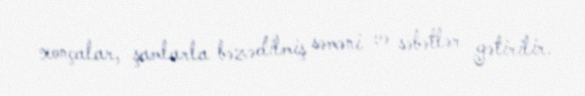
xonçalar, şamlarla bəzədilmiş səməni və səbətlər gətirilir.